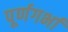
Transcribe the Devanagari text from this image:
पूर्णगर्भा